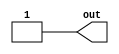
/*
 * Copyright (c) 2000 Stephen Williams (steve@icarus.com)
 *
 *    This source code is free software; you can redistribute it
 *    and/or modify it in source code form under the terms of the GNU
 *    General Public License as published by the Free Software
 *    Foundation; either version 2 of the License, or (at your option)
 *    any later version.
 *
 *    This program is distributed in the hope that it will be useful,
 *    but WITHOUT ANY WARRANTY; without even the implied warranty of
 *    MERCHANTABILITY or FITNESS FOR A PARTICULAR PURPOSE.  See the
 *    GNU General Public License for more details.
 *
 *    You should have received a copy of the GNU General Public License
 *    along with this program; if not, write to the Free Software
 *    Foundation, Inc., 59 Temple Place - Suite 330, Boston, MA 02111-1307, USA
 */

/*
 * This test checks that times within modules are scaled up to the
 * precision of the simulation.
 */

`timescale 100us / 1us
module slow (out);
   output out;
   reg 	  out;

   initial begin
      #0 out = 0;
      #1 out = 1;
   end

endmodule // slow


`timescale 10us / 1us
module fast (out);
   output out;
   reg 	  out;

   initial begin
      #0 out = 0;
      #1 out = 1;
   end

endmodule // fast

`timescale 1us / 1us
module main;

   wire slow, fast;

   slow m1 (slow);
   fast m2 (fast);

   initial begin
      #5
	if (slow !== 1'b0) begin
	   $display("FAILED");
	   $finish;
	end

        if (fast !== 1'b0) begin
	   $display("FAILED");
	   $finish;
	end

      #10
	if (slow !== 1'b0) begin
	   $display("FAILED");
	   $finish;
	end

        if (fast !== 1'b1) begin
	   $display("FAILED");
	   $finish;
	end

      #80
	if (slow !== 1'b0) begin
	   $display("FAILED");
	   $finish;
	end

        if (fast !== 1'b1) begin
	   $display("FAILED");
	   $finish;
	end

      #10
	if (slow !== 1'b1) begin
	   $display("FAILED");
	   $finish;
	end

        if (fast !== 1'b1) begin
	   $display("FAILED");
	   $finish;
	end

      $display("PASSED");

   end // initial begin
endmodule // main